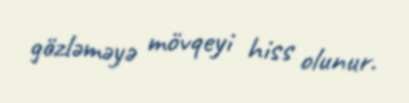
gözləməyə mövqeyi hiss olunur.